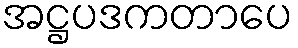
အဋ္ဌပဒကတာပေ